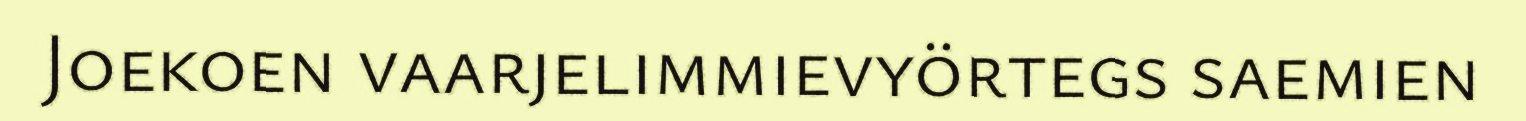
Joekoen vaarjelimmievyörtegs saemien